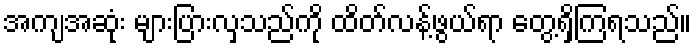
အကျအဆုံး များပြားလှသည်ကို ထိတ်လန့်ဖွယ်ရာ တွေ့ရှိကြရသည်။